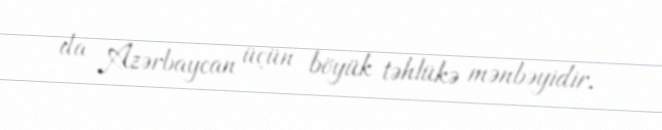
da Azərbaycan üçün böyük təhlükə mənbəyidir.